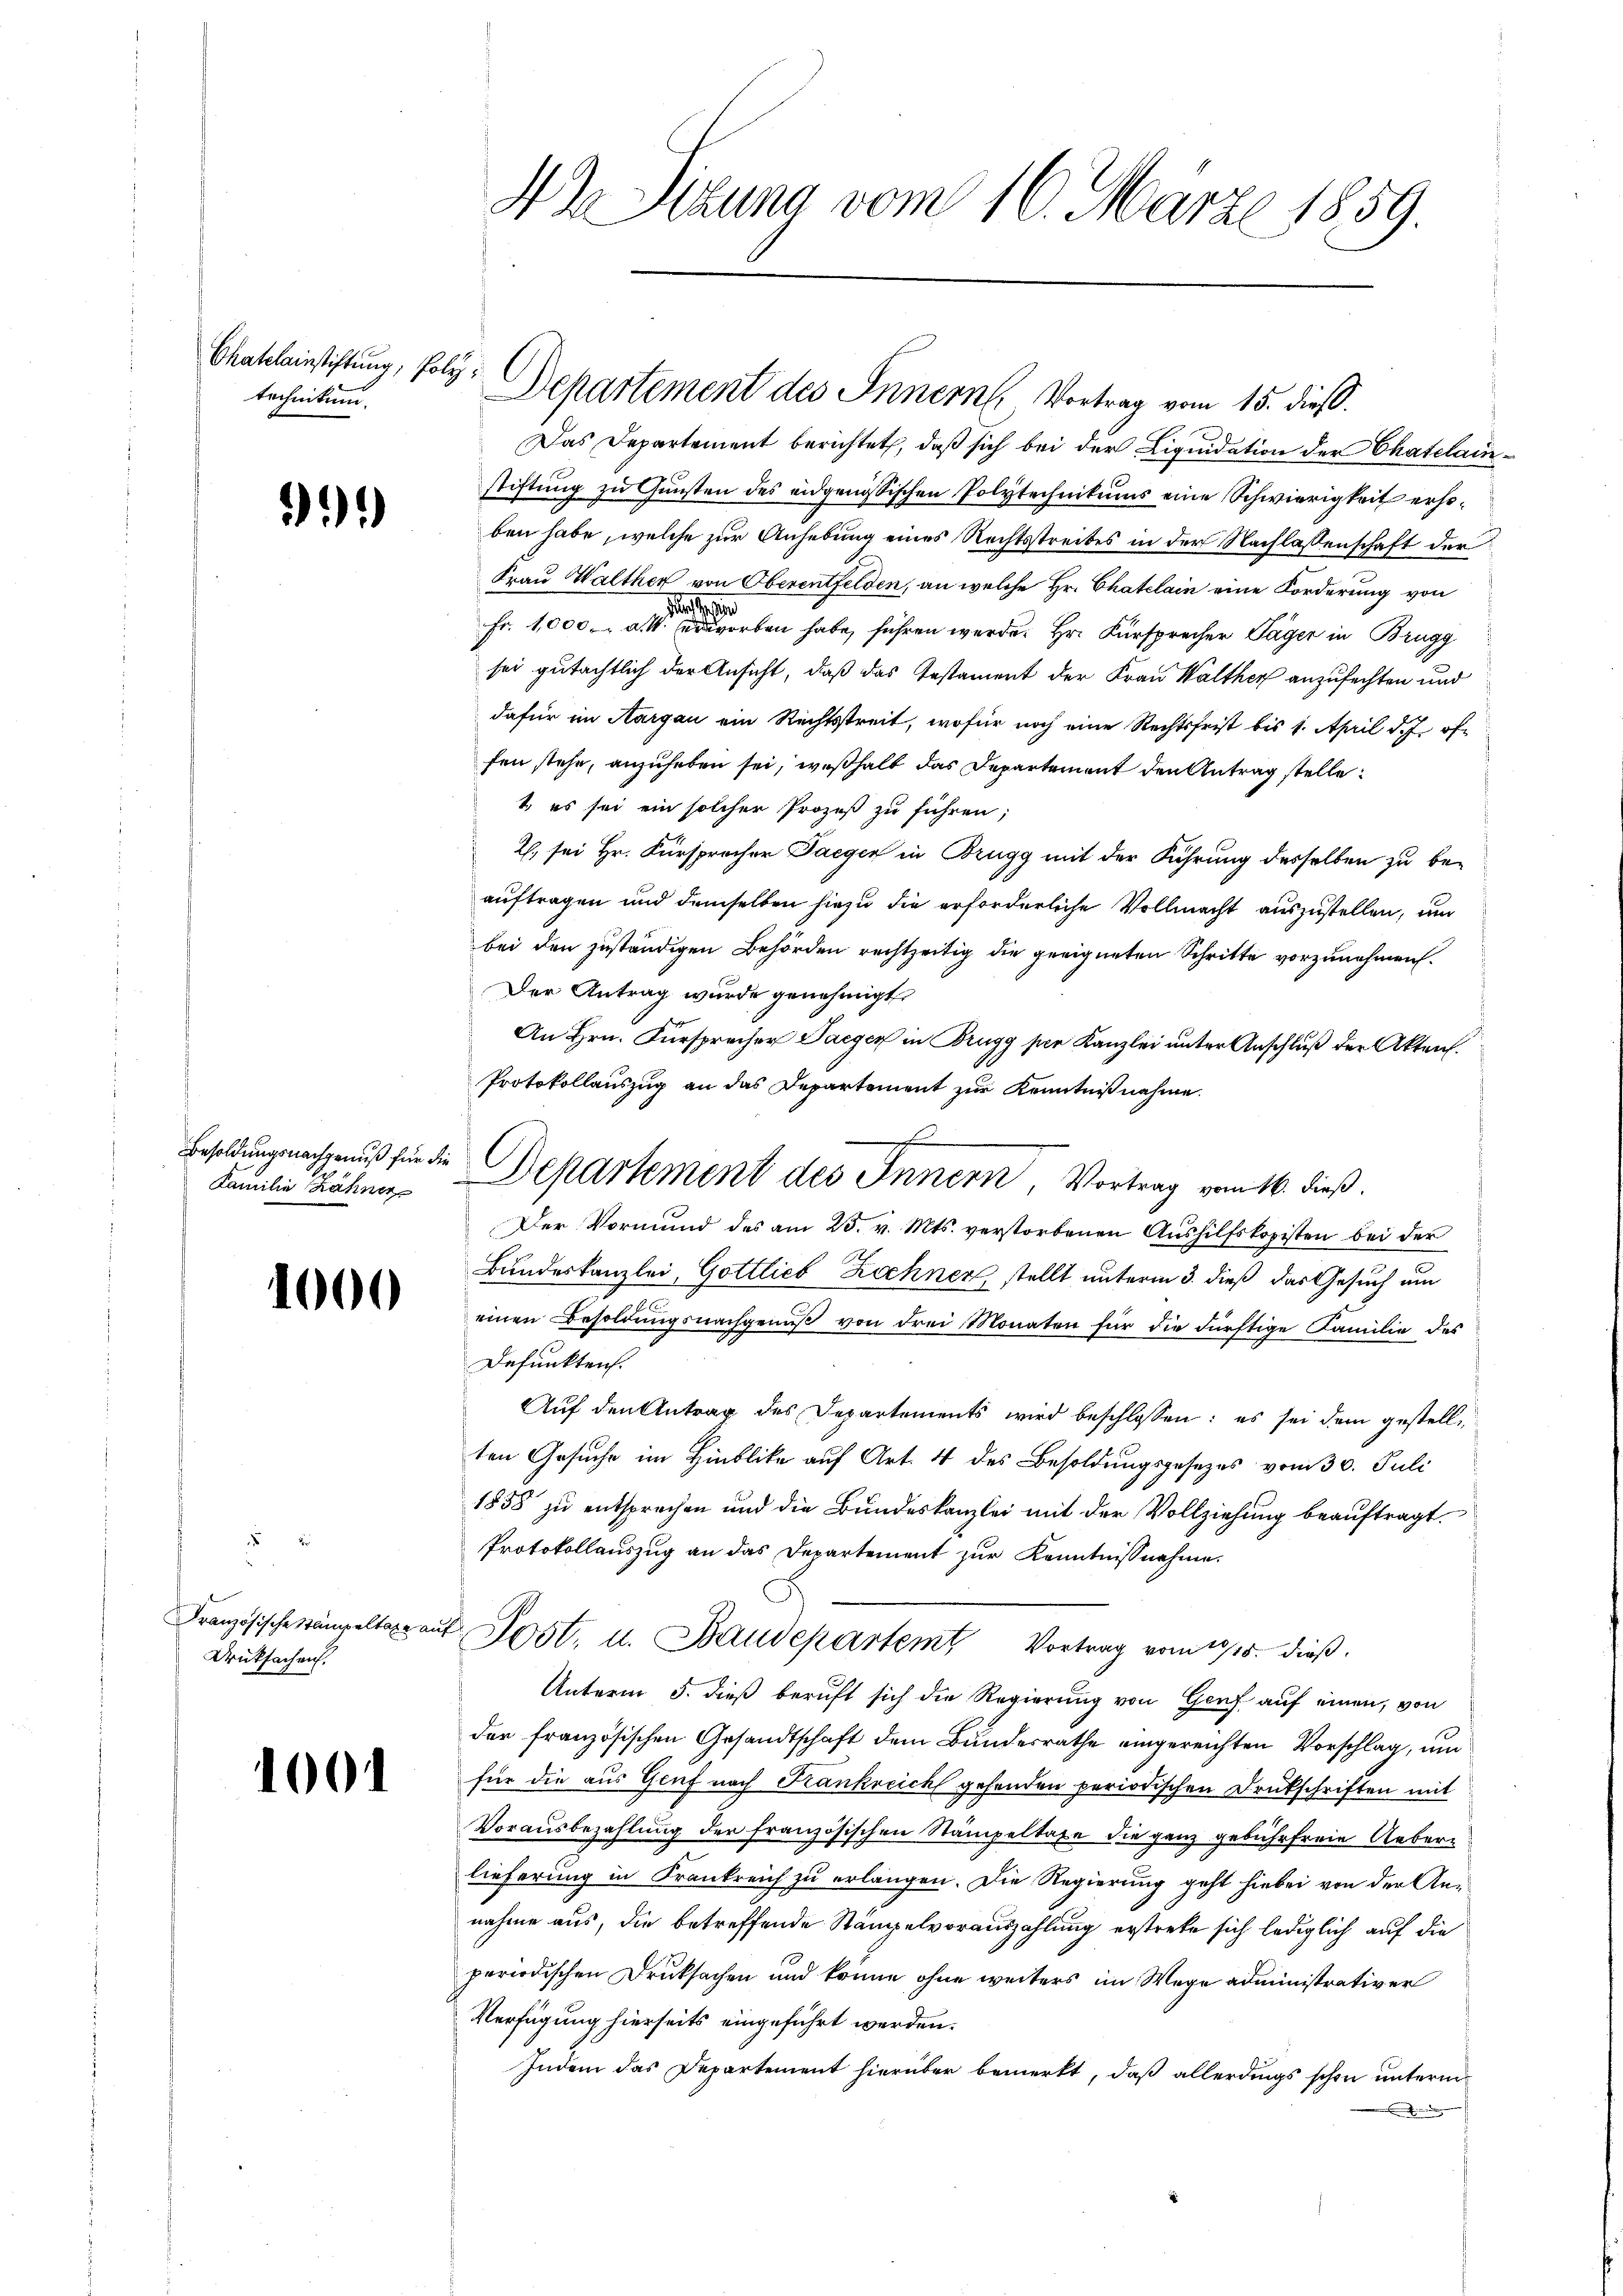
Besoldungsnachgenuß für die
Familie Zähner

Chateleinstiftung; Polytechnikum.

311)

1000

.
Französische Stämpeltage an
Dricksachen.

100

42. Sizung vom 16. März 1859.

Departement des Innern, Vortrag vom 15. dieß.

Departement des Innern, Vortrag vom 16. dieß.

Das Departement berichtet, daß sich bei der Liquidation der Chatelai
stiftung zu Gunsten des eidgenössischen Polytechnikums eine Schwierigkeit erhoben habe, welche zur Anhebung eines Rechtsstreibes in der Nachlassenschaft der
Frau Walther von Oberentfelden, an welche Hr. Chatelain eine Forderung von
de
Fr. 1,000. d. M. erworben habe, führen werde. Hr. Fürsprecher Täger in Brugg
sei gutächtlich der Ansicht, daß das Testament der Frau Walther anzufechten und
dafür im Aargau ein Rechtsstreit, wofür noch eine Rechtsfrist bis 1. April d. J. öf
fen stehe, anzuheben sei, weßhalb das Departement den Antrag stelle
1. es sei ein solcher Prozeß zu führen;
2. sei Hr. Fürsprocher Taeger in Brugg mit der Führung desselben zu beauftragen und demselben hiezu die erforderliche Vollmacht auszustellen, um
bei den zuständigen Behörden rechtzeitig die geeigneten Schritte vorzunehmen.
Der Antrag wurde genehmigt.
An Hrn. Fürsprecher Paeger in Brugg per Kanzlei unter Anschluß der Akten.
Protokollauszug an das Departement zur Kenntnißnahme.
Der Vormund des am 25. v. Mts. verstorbenen Aushilfskopisten bei der
Bundeskanzlei, Gottlieb Zochner, stellt unterm 3. dieß das Gesuch um
e
einen Besoldŭngsnachgenŭβ von drei Monaten für die dürftige Familie des
Defunkten.
Auf den Antrag des Departements wird beschlossen: es sei dem gestellten Gesuche im Hinblicke auf Art. 4 des Besoldungsgesetzes vom 30. Juli
1858 zu entsprechen und die Bundeskanzlei mit der Vollziehung beauftragt.
Protokollauszug an das Departement zur Kenntnissnahme.
4. Post. u. Baudepartem Vortrag vom 1915. dieß.
Unterm 5. dieß beruft sich die Regierung von Genf auf einen, von
der französischen Gesandtschaft dem Bundesrathe eingereichten Vorschlag, um
für die aus Genf nach Krankreich gehenden periodischen Druckschriften mit
Vorausbezahlung der französischen Stämpeltaxe die ganz gebührfreie Ueberlieferung in Krankreich zu erlangen. Die Regierung geht hiebei von der An-
nahme aus, die betreffende Stämpelvorauszahlung erstrete sich lediglich auf die
periodischen Druksachen und könne ohne weiters im Wege administrativer
Verfügung hierseits eingeführt werden.
Indem das Departement hierüber bemerkt, daß allerdings schon unterm
.